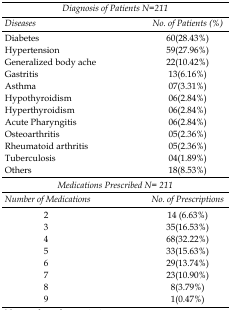
<table><thead><tr><td colspan="2"><b>Diagnosis of Patients N=211</b></td></tr><tr><td><b>Diseases</b></td><td><b>Number of Patients (%)</b></td></tr></thead><tbody><tr><td>Diabetes</td><td>60(28.43%)</td></tr><tr><td>Hypertension</td><td>59(27.96%)</td></tr><tr><td>Generalized body ache</td><td>22(10.42%)</td></tr><tr><td>Gastritis</td><td>13(6.16%)</td></tr><tr><td>Asthma</td><td>07(3.31%)</td></tr><tr><td>Hypothyroidism</td><td>06(2.84%)</td></tr><tr><td>Hyperthyroidism</td><td>06(2.84%)</td></tr><tr><td>Acute Pharyngitis</td><td>06(2.84%)</td></tr><tr><td>Osteoarthritis</td><td>05(2.36%)</td></tr><tr><td>Rheumatoid arthritis</td><td>05(2.36%)</td></tr><tr><td>Tuberculosis</td><td>04(1.89%)</td></tr><tr><td>Others</td><td>18(8.53%)</td></tr><tr><td colspan="2">Medications Prescribed N= 211</td></tr><tr><td>Number of Medications</td><td>Number of Prescriptions</td></tr><tr><td>2</td><td>14 (6.63%)</td></tr><tr><td>3</td><td>35(16.53%)</td></tr><tr><td>4</td><td>68(32.22%)</td></tr><tr><td>5</td><td>33(15.63%)</td></tr><tr><td>6</td><td>29(13.74%)</td></tr><tr><td>7</td><td>23(10.90%)</td></tr><tr><td>8</td><td>8(3.79%)</td></tr><tr><td>9</td><td>1(0.47%)</td></tr></tbody></table>